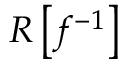
R \left[ f ^ { - 1 } \right]